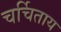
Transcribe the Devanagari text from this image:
चर्चिताय